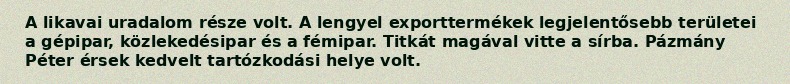
A likavai uradalom része volt. A lengyel exporttermékek legjelentősebb területei a gépipar, közlekedésipar és a fémipar. Titkát magával vitte a sírba. Pázmány Péter érsek kedvelt tartózkodási helye volt.